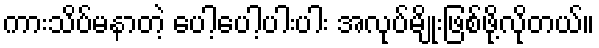
ကားသိပ်မနာတဲ့ ပေါ့ပေါ့ပါးပါး အလုပ်မျိုးဖြစ်ဖို့လိုတယ်။